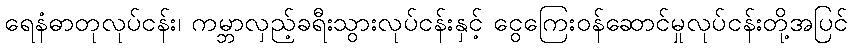
ရေနံဓာတုလုပ်ငန်း၊ ကမ္ဘာလှည့်ခရီးသွားလုပ်ငန်းနှင့် ငွေကြေးဝန်ဆောင်မှုလုပ်ငန်းတို့အပြင်